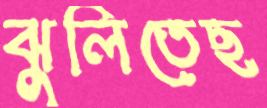
ঝুলিতেছ